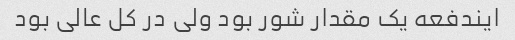
ایندفعه یک مقدار شور بود ولی در کل عالی بود